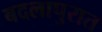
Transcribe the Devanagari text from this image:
बदलापुरात